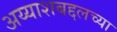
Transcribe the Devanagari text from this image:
अय्याशबद्दलच्या